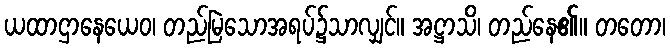
ယထာဌာနေယေဝ၊ တည်မြဲသောအရပ်၌သာလျှင်။ အဋ္ဌာသိ၊ တည်နေ၏။ တတော၊